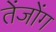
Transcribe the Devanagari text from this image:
तेंजोंग